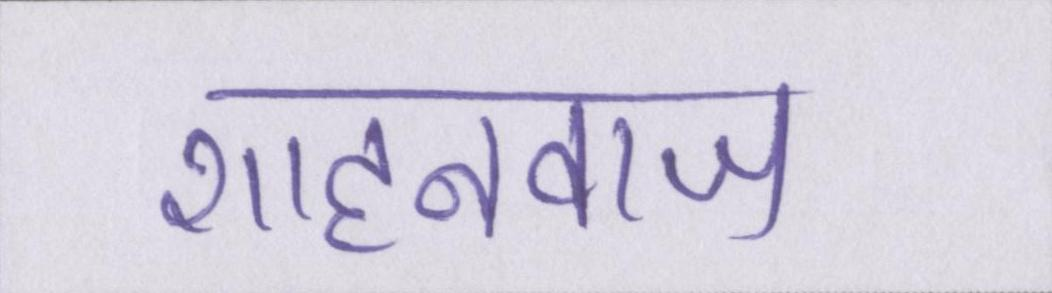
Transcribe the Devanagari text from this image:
शाहनवाज